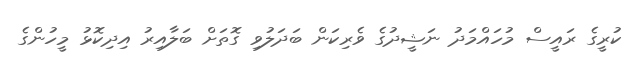
ކުރީގެ ރައީސް މުހައްމަދު ނަޝީދުގެ ވެރިކަން ބަދަލުވި ގޮތަށް ބަލާއިރު އިދިކޮޅު މީހުންގެ